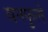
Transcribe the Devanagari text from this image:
वनफुले